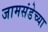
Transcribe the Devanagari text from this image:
जामसंडेच्या